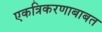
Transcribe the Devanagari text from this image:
एकत्रिकरणाबाबत